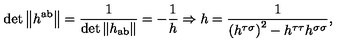
\det \left\| h ^ { \mathrm { a b } } \right\| = \frac 1 { \det \left\| h _ { \mathrm { a b } } \right\| } = - \frac 1 h \Rightarrow h = \frac 1 { \left( h ^ { \tau \sigma } \right) ^ { 2 } - h ^ { \tau \tau } h ^ { \sigma \sigma } } ,